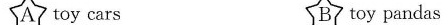
toy cars Btoy pandas